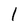
Character: l